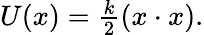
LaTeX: \begin{array}{r}{U(x)=\frac{k}{2}(x\cdot x).}\end{array}